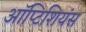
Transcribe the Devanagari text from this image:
ऑप्टिशियंस